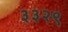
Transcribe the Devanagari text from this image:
३३२९